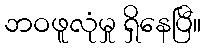
ဘဝဖူလုံမှု ရှိနေပြီ။